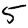
Digit: 5